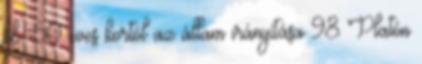
kb. 50 éves kortól az állam irányítása 98 Platón